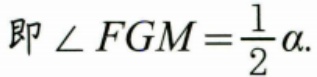
即\(\angle FGM=\frac{1}{2}\alpha\).